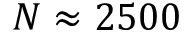
N \approx 2 5 0 0